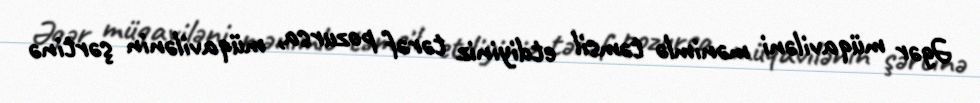
Əgər müqaviləni mənimlə təmsil etdiyiniz tərəf pozursa, müqavilənin şərtinə